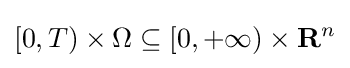
[0,T)\times \Omega \subseteq [0,+\infty )\times \mathbf {R} ^{n}